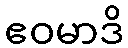
ဧဝမာဒိ